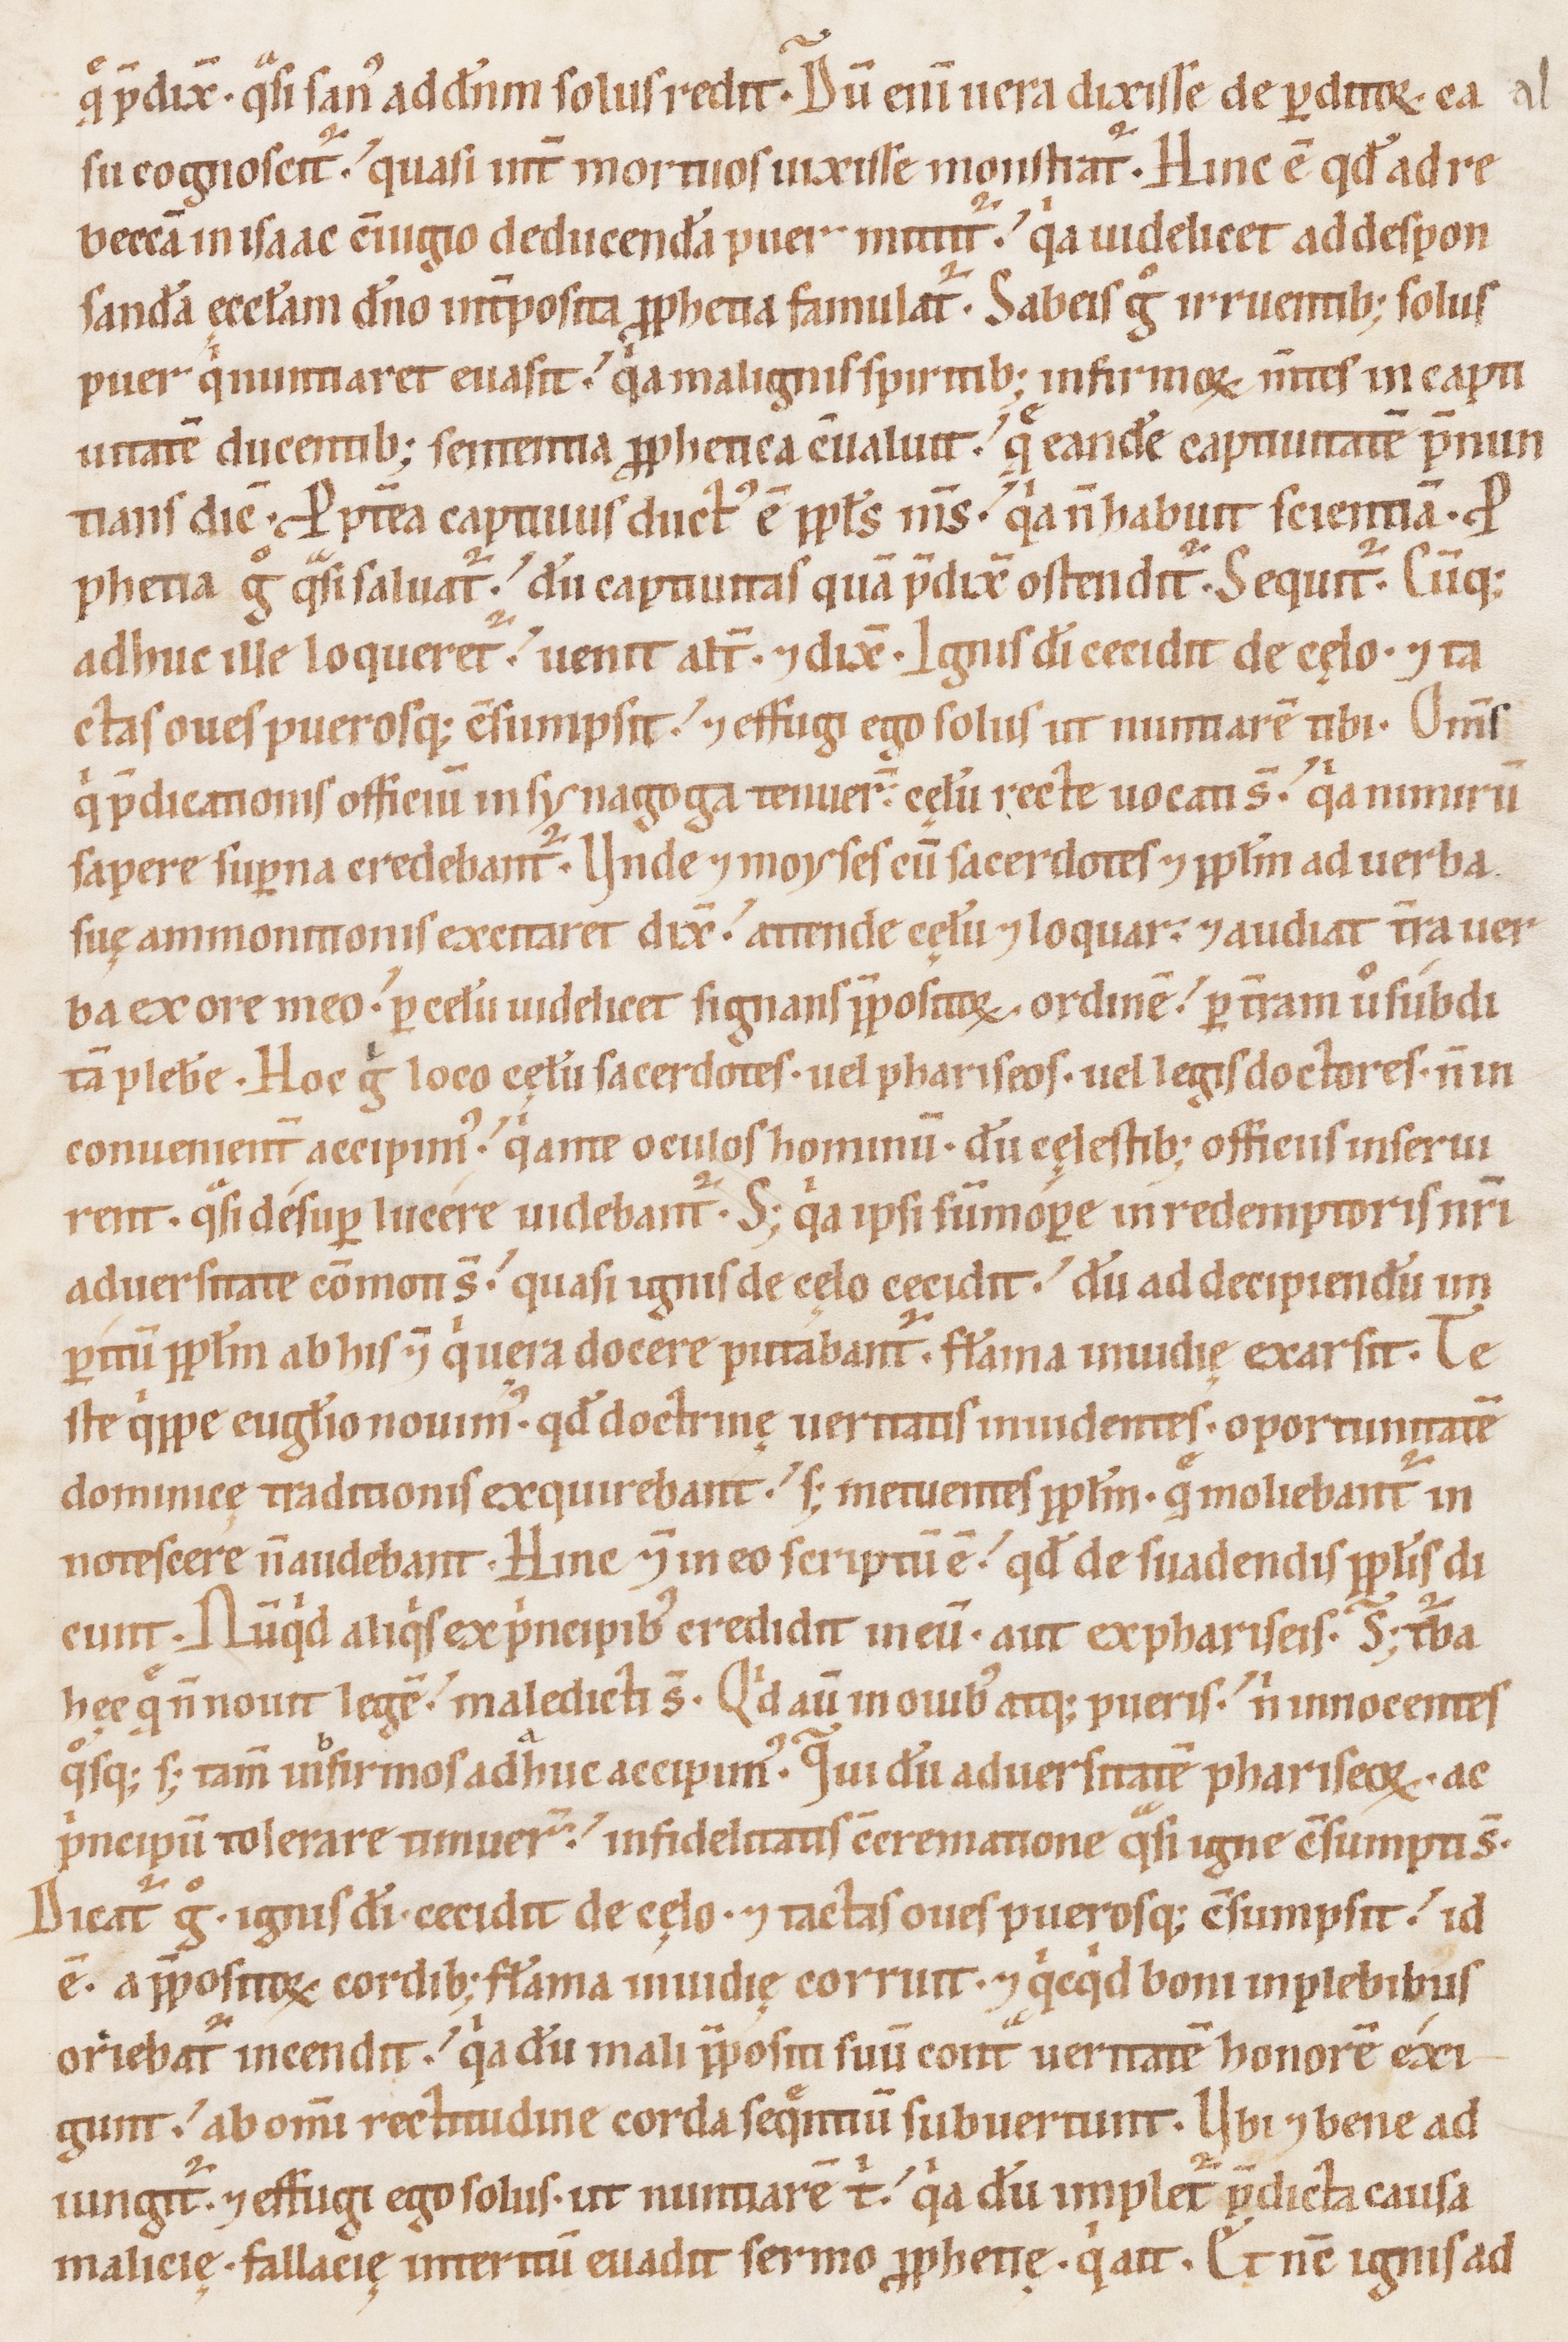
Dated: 1100–1199